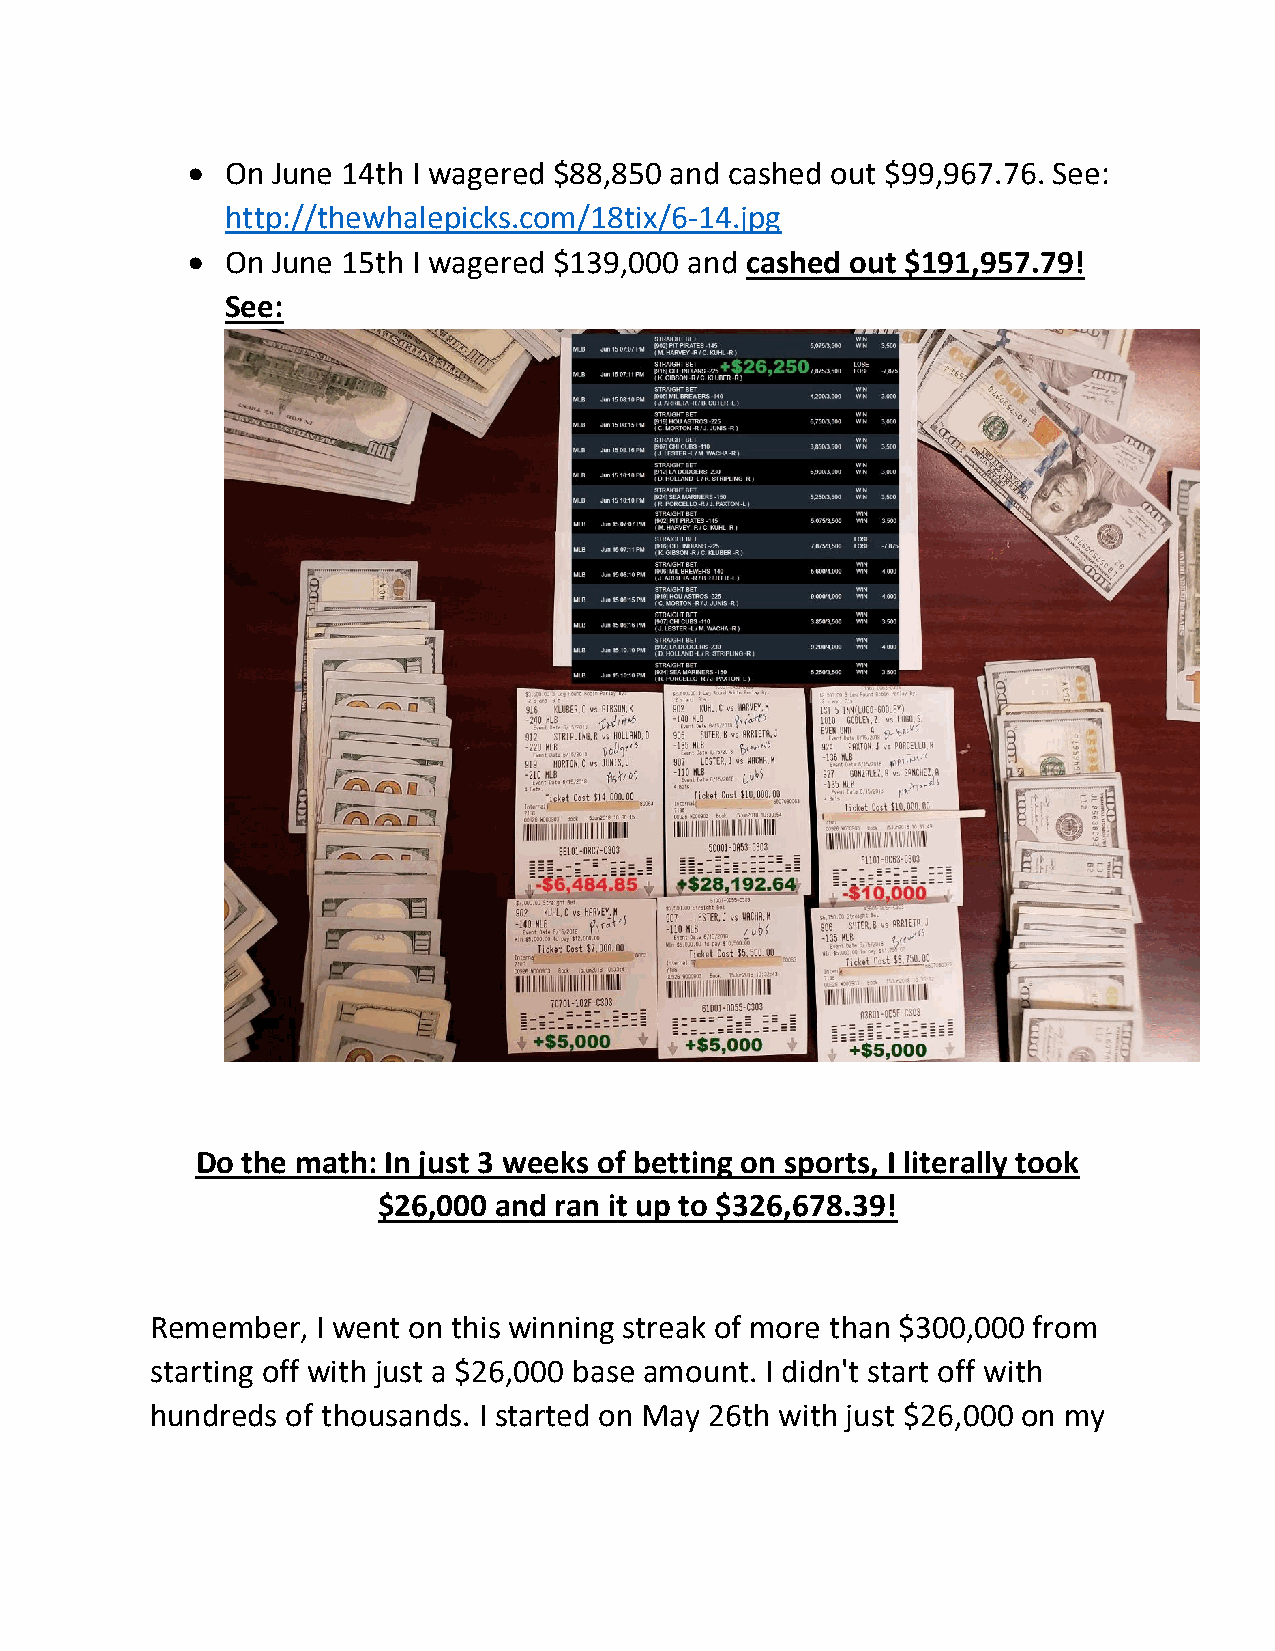
•  On June 14th I wagered $88,850 and cashed out $99,967.76. See:
 http://thewhalepicks.com/18tix/6-14.jpg
 •  On June 15th I wagered $139,000 and cashed out $191,957.79!
 See:
 Do the math: In just 3 weeks of betting on sports, I literally took
 $26,000 and ran it up to $326,678.39!
 Remember,  I went on this winning streak of more than $300,000 from
 starting off with just a $26,000 base amount. I didn't start off with
 hundreds of thousands. I started on May 26th with just $26,000 on my